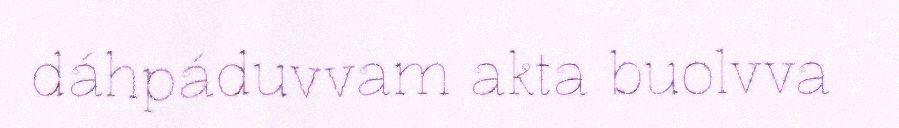
dáhpáduvvam akta buolvva